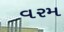
વરમ